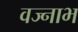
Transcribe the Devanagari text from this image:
वज्नाभ